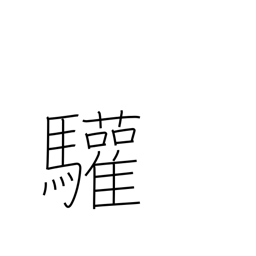
Meaning: greetings